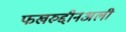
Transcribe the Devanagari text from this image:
फखरुद्दीनअली